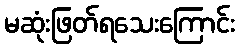
မဆုံးဖြတ်ရသေးကြောင်း